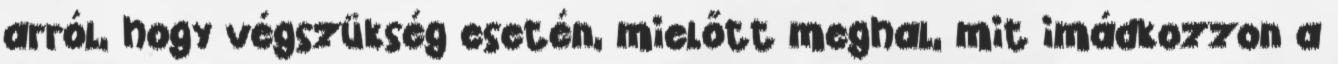
arról, hogy végszükség esetén, mielőtt meghal, mit imádkozzon a